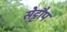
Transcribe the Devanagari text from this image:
सेट्टौप